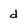
Character: d